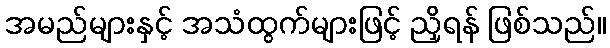
အမည်များနှင့် အသံထွက်များဖြင့် ညှိရန် ဖြစ်သည်။